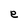
Character: e